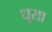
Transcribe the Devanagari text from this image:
धुसा